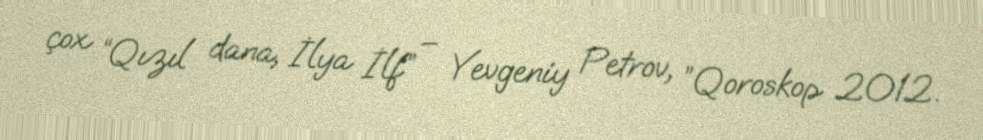
çox “Qızıl dana, İlya İlf” – Yevgeniy Petrov, ”Qoroskop 2012.